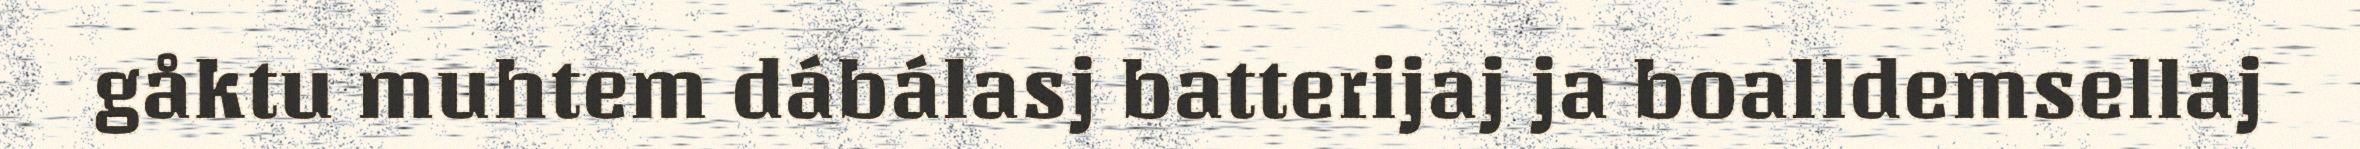
gåktu muhtem dábálasj batterijaj ja boalldemsellaj